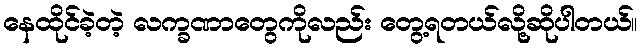
နေထိုင်ခဲ့တဲ့ လက္ခဏာတွေကိုလည်း တွေ့ရတယ်လို့ဆိုပါတယ်။